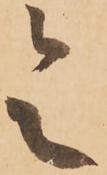
令